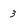
Character: 3